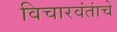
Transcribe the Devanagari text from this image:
विचारवंतांचे